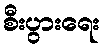
စီးပွားရေး